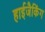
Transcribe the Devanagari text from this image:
हाईजैकिंग